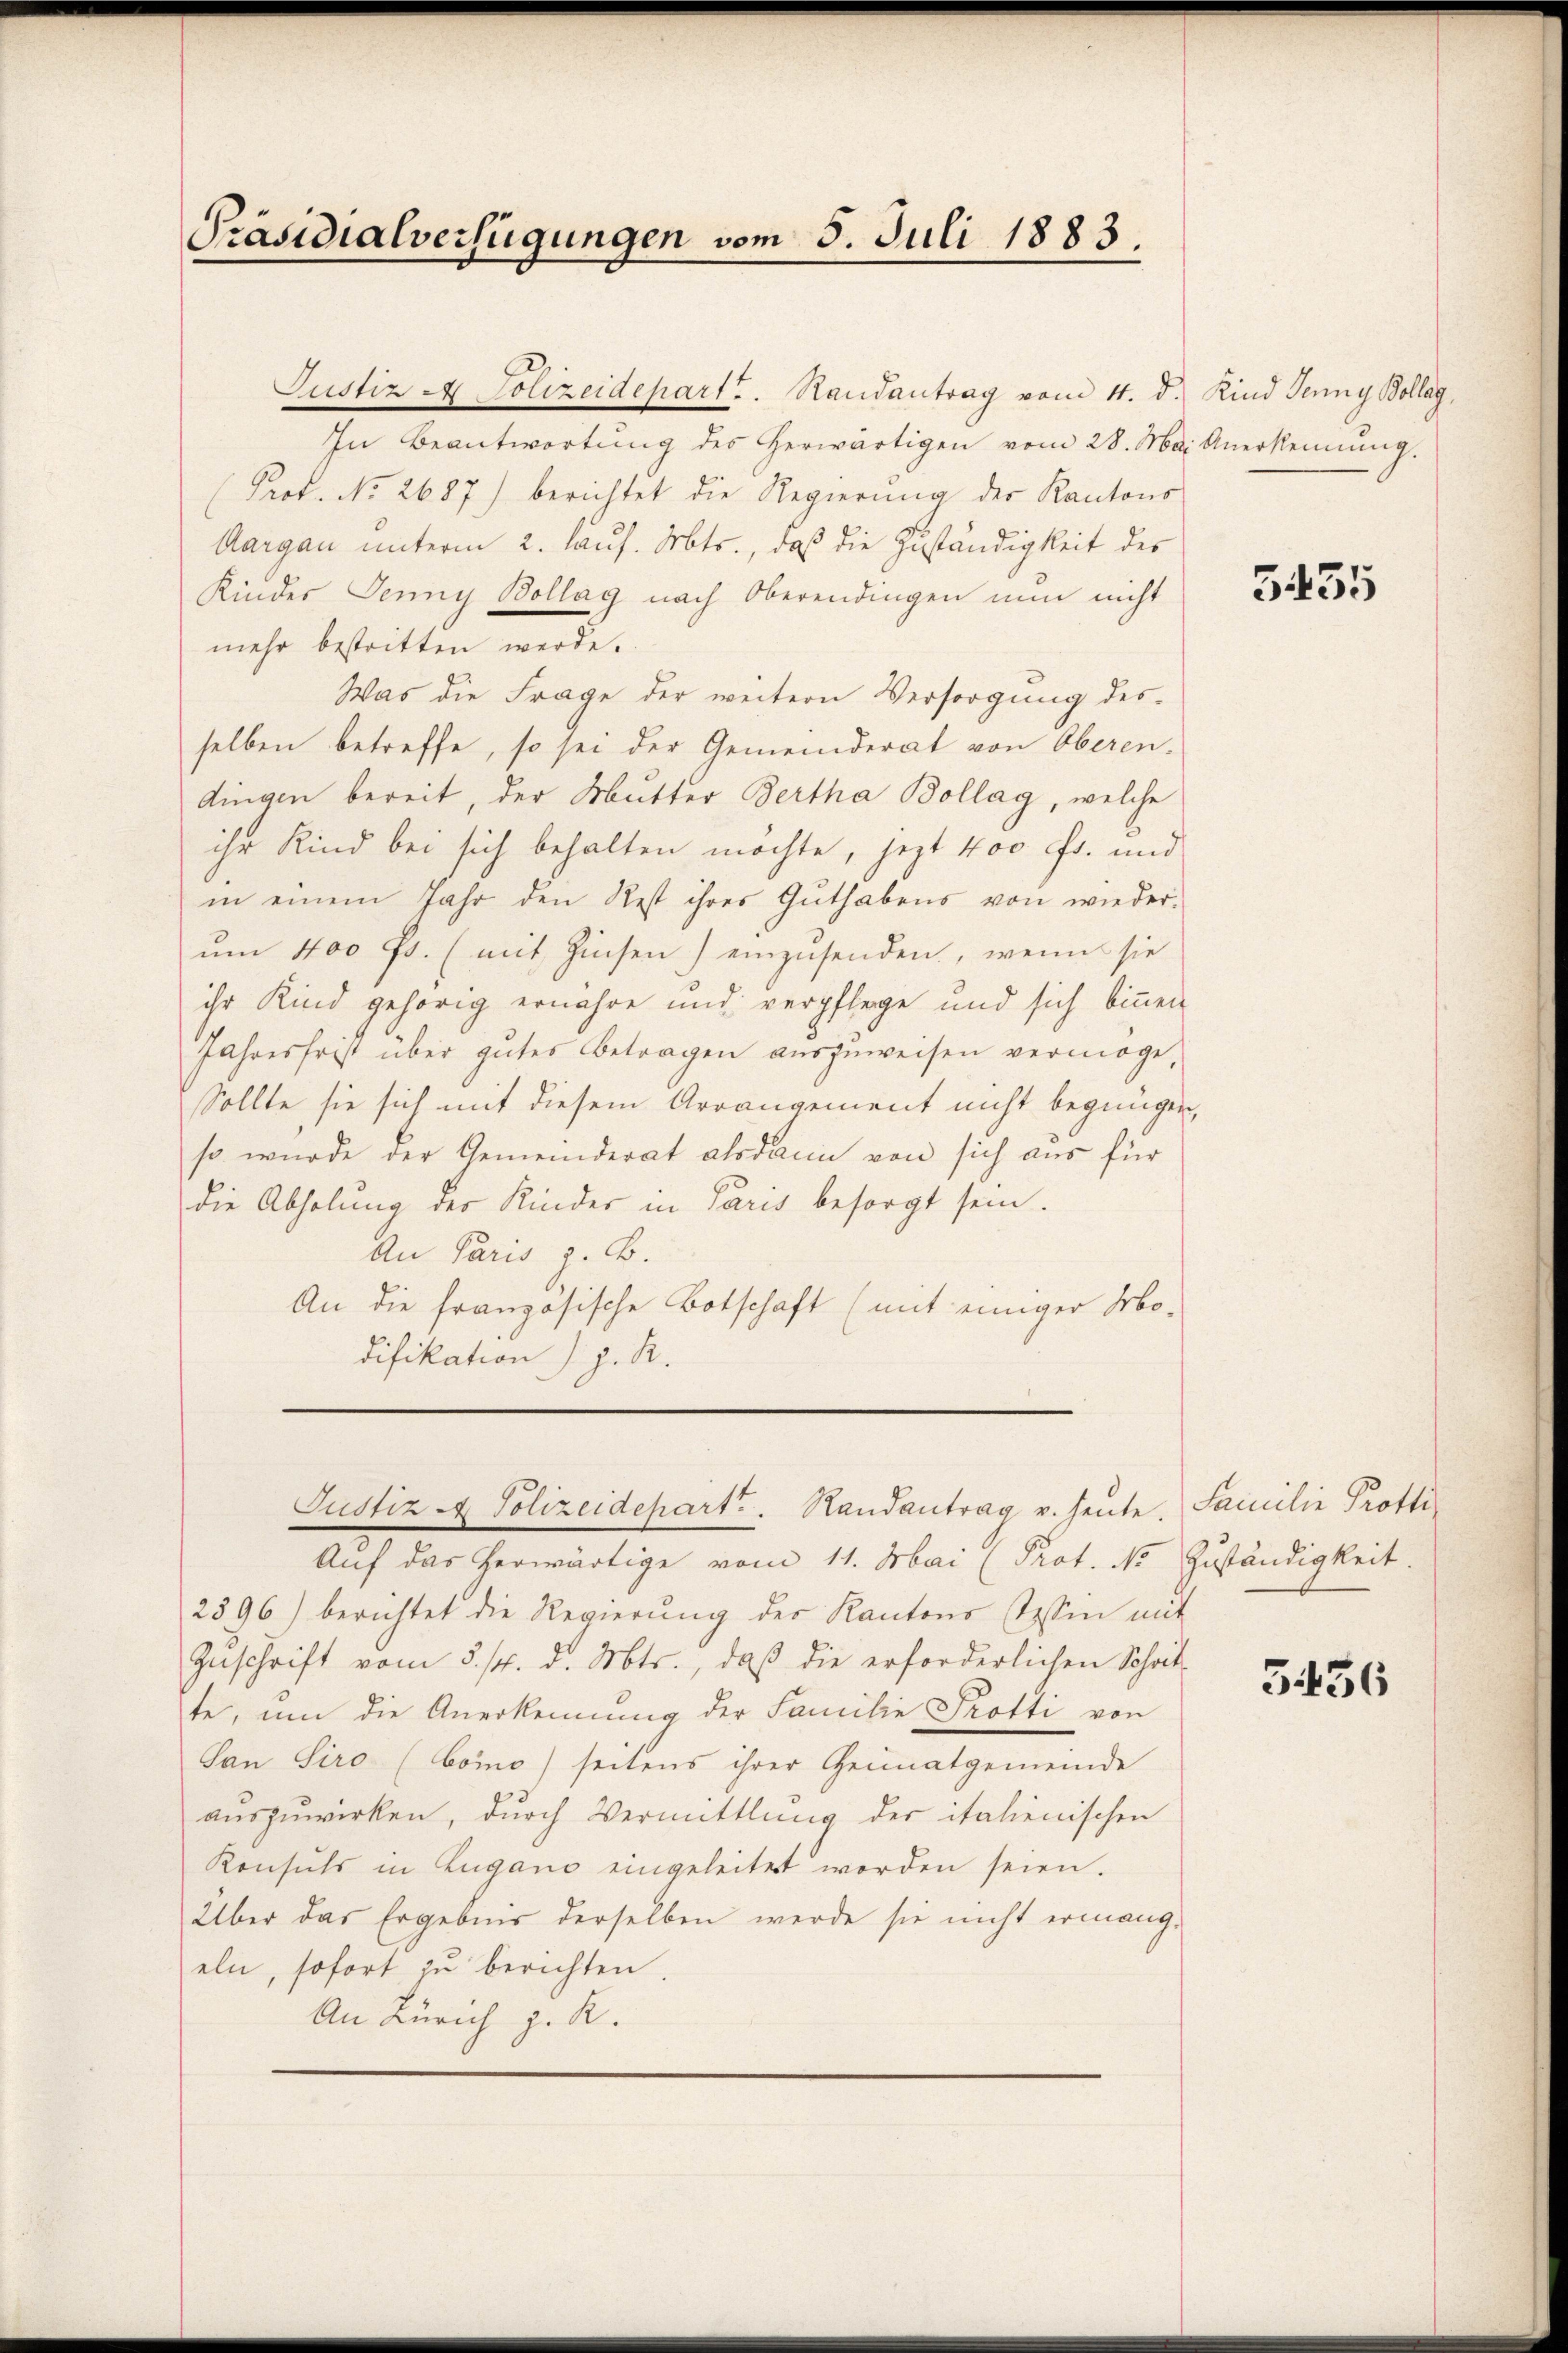
Präsidialverfügungen vom 5. Juli 1883.

Justiz & Polizeidepart. Randantrag vom 11. d.
In Beantwortung des herwärtigen vom 28. Ma
Prof. No. 2687) berichtet die Regierung der Kantons
Aargau unterm 2. lauf. Mts., daß die Zuständigkeit des
Kindes Jenny Bollag nach Oberendingen nun nicht
mehr bestritten werde.
Was die Frage der weitern Versorgung desselben betreffe, so sei der Gemeinderat von Oberen-
dingen bereit, der Mutter Bertha Bollag, welche
ihr Kind bei sich behalten möchte, jezt 400 Fr. und
in einem Jahr den Rest ihres Guthabens von wieder-
um 400 fs. (mit Zinsen) einzusenden, wenn sie
ihr Kind gehörig ernähre und verpflege und sich binner
Jahresfrist über gutes Betragen auszuweisen vermöge,
Sollte sie sich mit diesem Arrangement nicht begnüg
so wurde der Gemeinderat alsdann von sich aus für
die Abholung der Kinder in Paris besorgt sein.
An Paris z. B.
An die französische Botschaft (mit einiger Mo-
difikation J. J. R.
Justiz & Polizeidepart. Randantrag u. heute. Familie Protti¬
Auf das herwärtige vom 11. Mai (Prot. No Zuständigkeit.
2596) berichtet die Regierung des Kantons Tessin mit
Zuschrift vom 5. 14. d. Mts., daß die erforderlichen Schat
te, um die Anerkennung der Familie Trotti von
San Siro (Como seitens ihrer Heimatgemeinde
auszuwirken, durch Vermittlung der italienischen
Konsuls in Zugano eingeleitet worden seien.
Über das Ergebnis derselben werde sie nicht ermang-
eln, sofort zu berichten.
An Zürich z. R.

Kind Jenny Kollag,
 Anerkennung

5435

3436